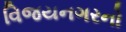
વિજયનગરનો